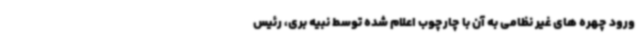
ورود چهره های غیر نظامی به آن با چارچوب اعلام شده توسط نبیه بری، رئیس